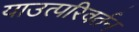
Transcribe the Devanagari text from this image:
याउत्परिवर्तन